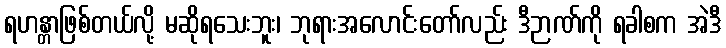
ရဟန္တာဖြစ်တယ်လို့ မဆိုရသေးဘူး၊ ဘုရားအလောင်းတော်လည်း ဒီဉာဏ်ကို ရခါစက အဲဒီ